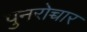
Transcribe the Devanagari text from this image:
पुनरोच्चार